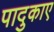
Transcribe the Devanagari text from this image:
पादुकाए